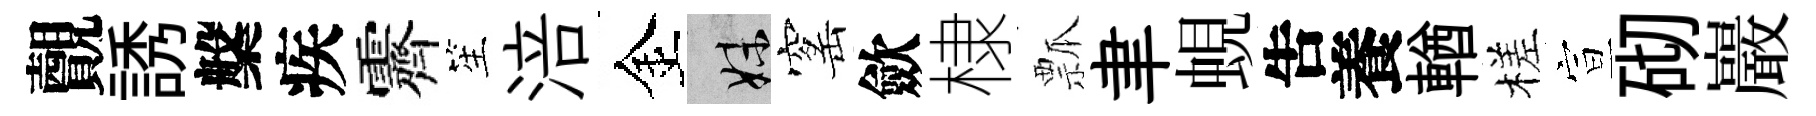
覿誘槃疾霽笙涪金妹窰歛棣瓢聿蜆吿養輶槎宣砌巖